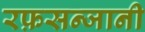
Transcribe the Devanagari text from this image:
रफ़सन्जानी